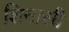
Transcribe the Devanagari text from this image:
शिनासी